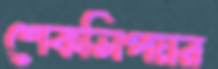
শেকসিপয়র